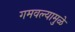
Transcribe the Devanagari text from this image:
गमवल्यामुळे